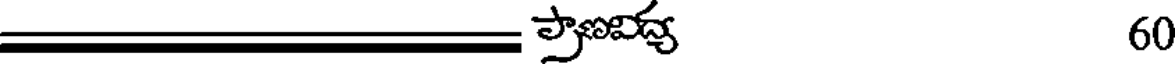
60